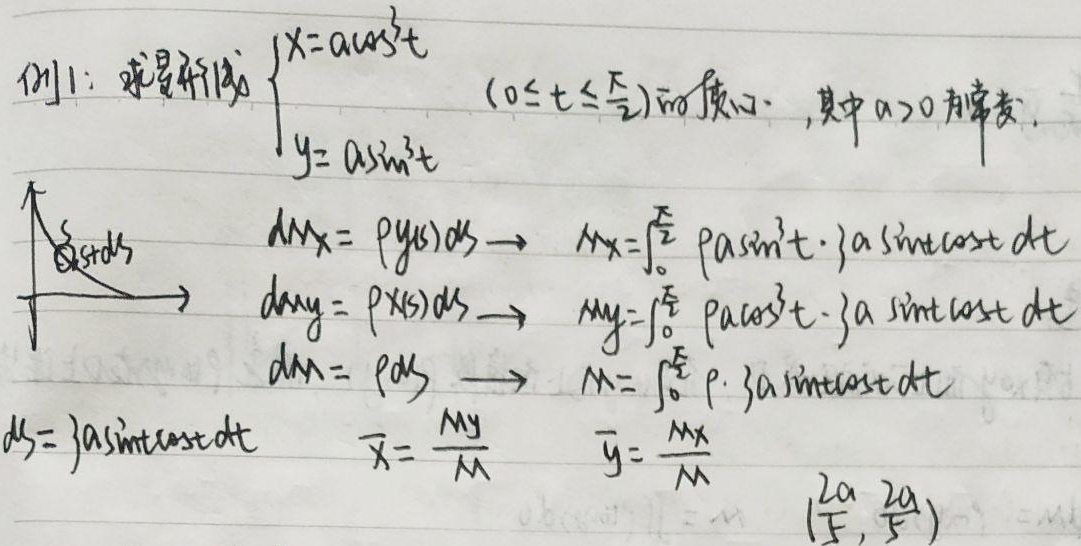
例1：求星形线$\begin{cases}x = a\cos^{3}t\\y = a\sin^{3}t\end{cases}$ $(0\leq t\leq\frac{\pi}{2})$的质心，其中$a > 0$为常数。

$ds = 3a\sin t\cos tdt$

$dM_x=\rho y(s)ds\to M_x=\int_{0}^{\frac{\pi}{2}}\rho a\sin^{3}t\cdot 3a\sin t\cos tdt$

$dM_y=\rho x(s)ds\to M_y=\int_{0}^{\frac{\pi}{2}}\rho a\cos^{3}t\cdot 3a\sin t\cos tdt$

$dm=\rho ds\to M=\int_{0}^{\frac{\pi}{2}}\rho\cdot 3a\sin t\cos tdt$

$\overline{x}=\frac{M_y}{M}$ ，$\overline{y}=\frac{M_x}{M}$ ，结果为$(\frac{2a}{5},\frac{2a}{5})$